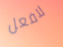
لافعل